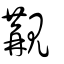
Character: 覯